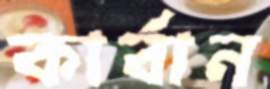
কার্বান